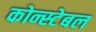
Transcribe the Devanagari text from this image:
कोन्स्टेबल